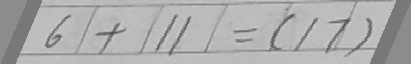
6 + 1 1 = ( 1 7 )